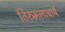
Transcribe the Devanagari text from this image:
तिरुमलाचार्य